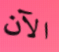
الآن